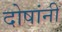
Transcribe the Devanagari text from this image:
दोषांनी